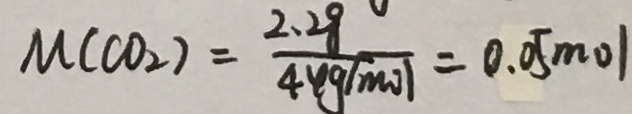
M ( C O _ { 2 } ) = \frac { 2 . 2 8 } { 4 4 9 ( m o ) } = 0 . 0 5 m o l